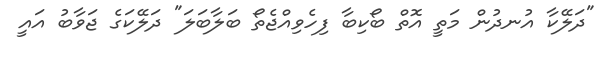
"ދަލޭކާ އުނދުން މަތީ އޮތް ބޯކިބާ ފިހެވިއްޖެތޯ ބަލާބަލަ" ދަލޭކަގެ ޖަވާބު އައީ